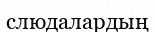
слюдалардың